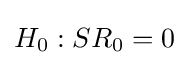
H_{0}:SR_{0}=0